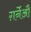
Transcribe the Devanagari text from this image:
ग़र्नेऔ